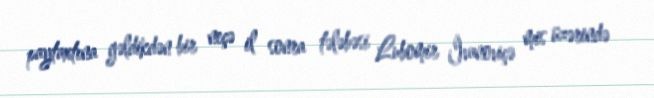
paytaxtına gəldikdən bir neçə il sonra tələbəsi Lubomir İvanoviçə mis üzərində